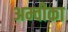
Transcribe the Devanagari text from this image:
अम्वीका